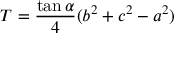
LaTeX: T = { \frac { \tan \alpha } { 4 } } ( b ^ { 2 } + c ^ { 2 } - a ^ { 2 } )